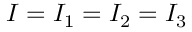
I = I _ { 1 } = I _ { 2 } = I _ { 3 }